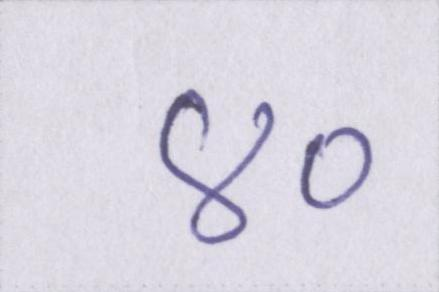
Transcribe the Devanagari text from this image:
४०